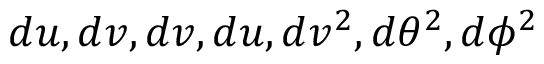
d u , d v , d v , d u , d v ^ { 2 } , d \theta ^ { 2 } , d \phi ^ { 2 }